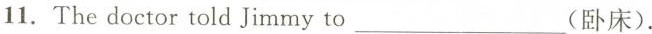
11. The doctor told Jimmy to ___(卧床).